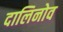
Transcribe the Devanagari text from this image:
दालिनोव